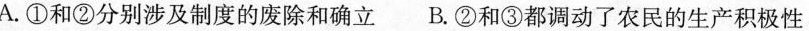
A.①和②分别涉及制度的废除和确立B.②和③都调动了农民的生产积极性